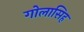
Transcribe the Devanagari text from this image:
गोलासिह